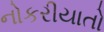
નોકરીયાતો